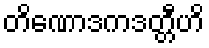
တိဏောဒကဒတ္တီဟိ